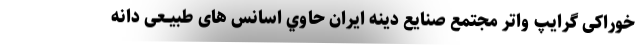
خوراکی گرایپ واتر مجتمع صنایع دینه ایران حاوي اسانس های طبیــعی دانه